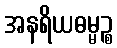
အနရိယဓမ္မဉ္စ